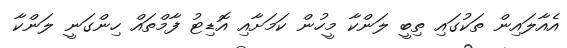
އެއާލައިން ތަކުގައި ތިބީ ލަންކާ މީހުން ކަމަށާއި އޮޑިޓު ފާމްތައް ހިންގަނީ ލަންކާ